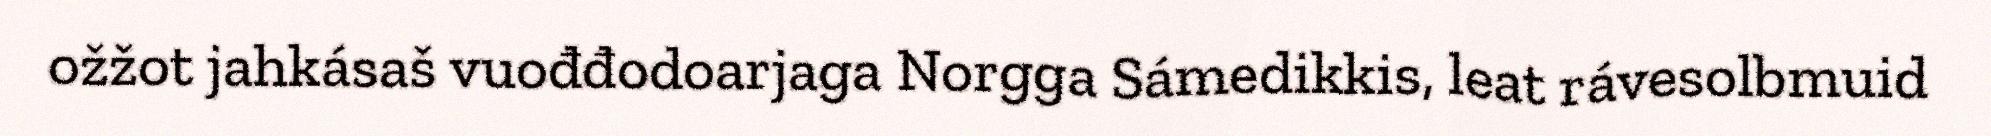
ožžot jahkásaš vuođđodoarjaga Norgga Sámedikkis, leat rávesolbmuid